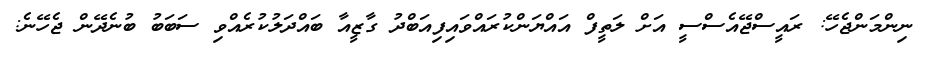
ނިންމަންޖެހޭ: ރައީސްޖޭއެސްސީ އަށް ލަތީފް އައްޔަންކުރައްވައިފިއަބްދު ގާޒީއާ ބައްދަލުކުރެއްވި ސަބަބު ބުނެދޭން ޖެހޭނެ: